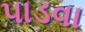
પાડવા